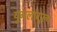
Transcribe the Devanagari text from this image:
युगलांगुल्य